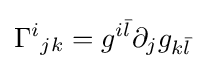
\Gamma ^{i}{}_{jk}=g^{i{\bar {l}}}\partial _{j}g_{k{\bar {l}}}